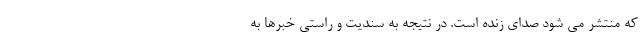
که منتشر می شود صدای زنده است. در نتیجه به سندیت و راستی خبرها به